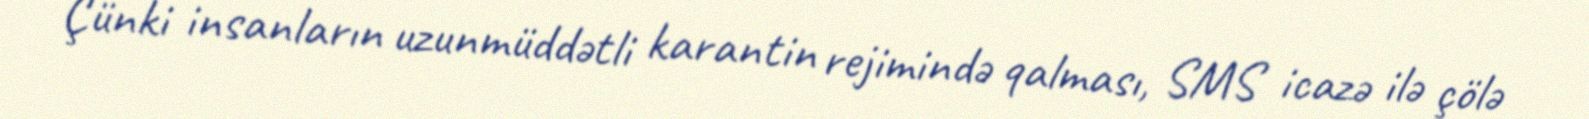
Çünki insanların uzunmüddətli karantin rejimində qalması, SMS icazə ilə çölə